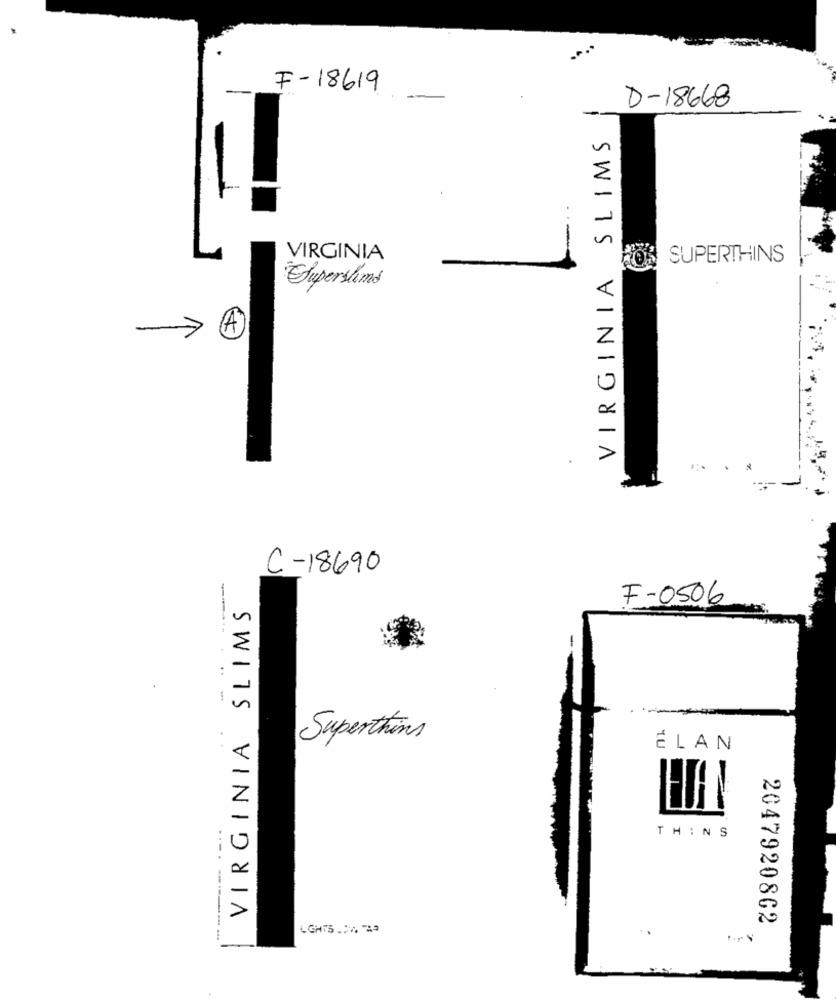
F-18619
D-18668
-
VIRGINIA SLIMS
-1
VIRGINIA
SUPERTHINS
1
Superslims
->
.
C-18690
VIRGINIA SLIMS
F-0506
------
Superthins
ÉLAN
THINS
2047920862
LGHTS .... 22
----------